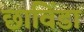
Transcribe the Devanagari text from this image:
छाविंडा